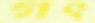
গৎ